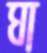
ঘা